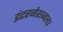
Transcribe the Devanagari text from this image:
इंटरनेशनल।